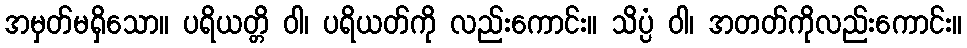
အမှတ်မရှိသော။ ပရိယတ္တိ ဝါ၊ ပရိယတ်ကို လည်းကောင်း။ သိပ္ပံ ဝါ၊ အတတ်ကိုလည်းကောင်း။